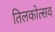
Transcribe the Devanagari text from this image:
तिलकोत्सव